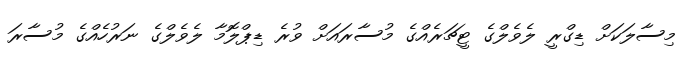
މިސާލަކަށް ޑިގްރީ ލެވެލްގެ ޓީޗަރެއްގެ މުސާރައަށް ވުރެ ޑިޕްލޮމާ ލެވެލްގެ ނަރުހެއްގެ މުސާރަ